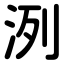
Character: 洌